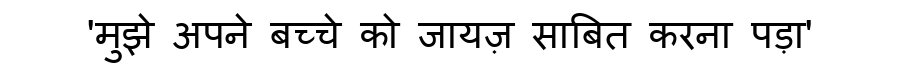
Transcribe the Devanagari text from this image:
'मुझे अपने बच्चे को जायज़ साबित करना पड़ा'